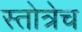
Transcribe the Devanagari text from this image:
स्तोत्रेच